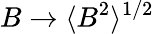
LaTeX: B\rightarrow\langle B^{2}\rangle^{1/2}